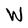
Character: W